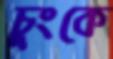
চুংকে